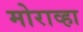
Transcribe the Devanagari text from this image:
मोराव्हा